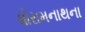
ધોરામનાથના